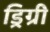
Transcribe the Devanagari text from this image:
ड्रिग्री